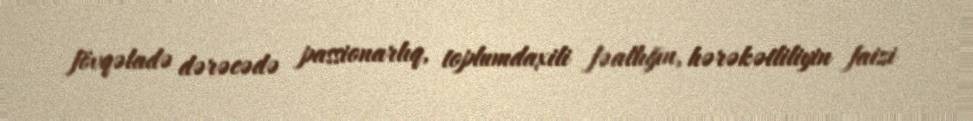
fövqəladə dərəcədə passionarlıq, toplumdaxili fəallığın, hərəkətliliyin faizi